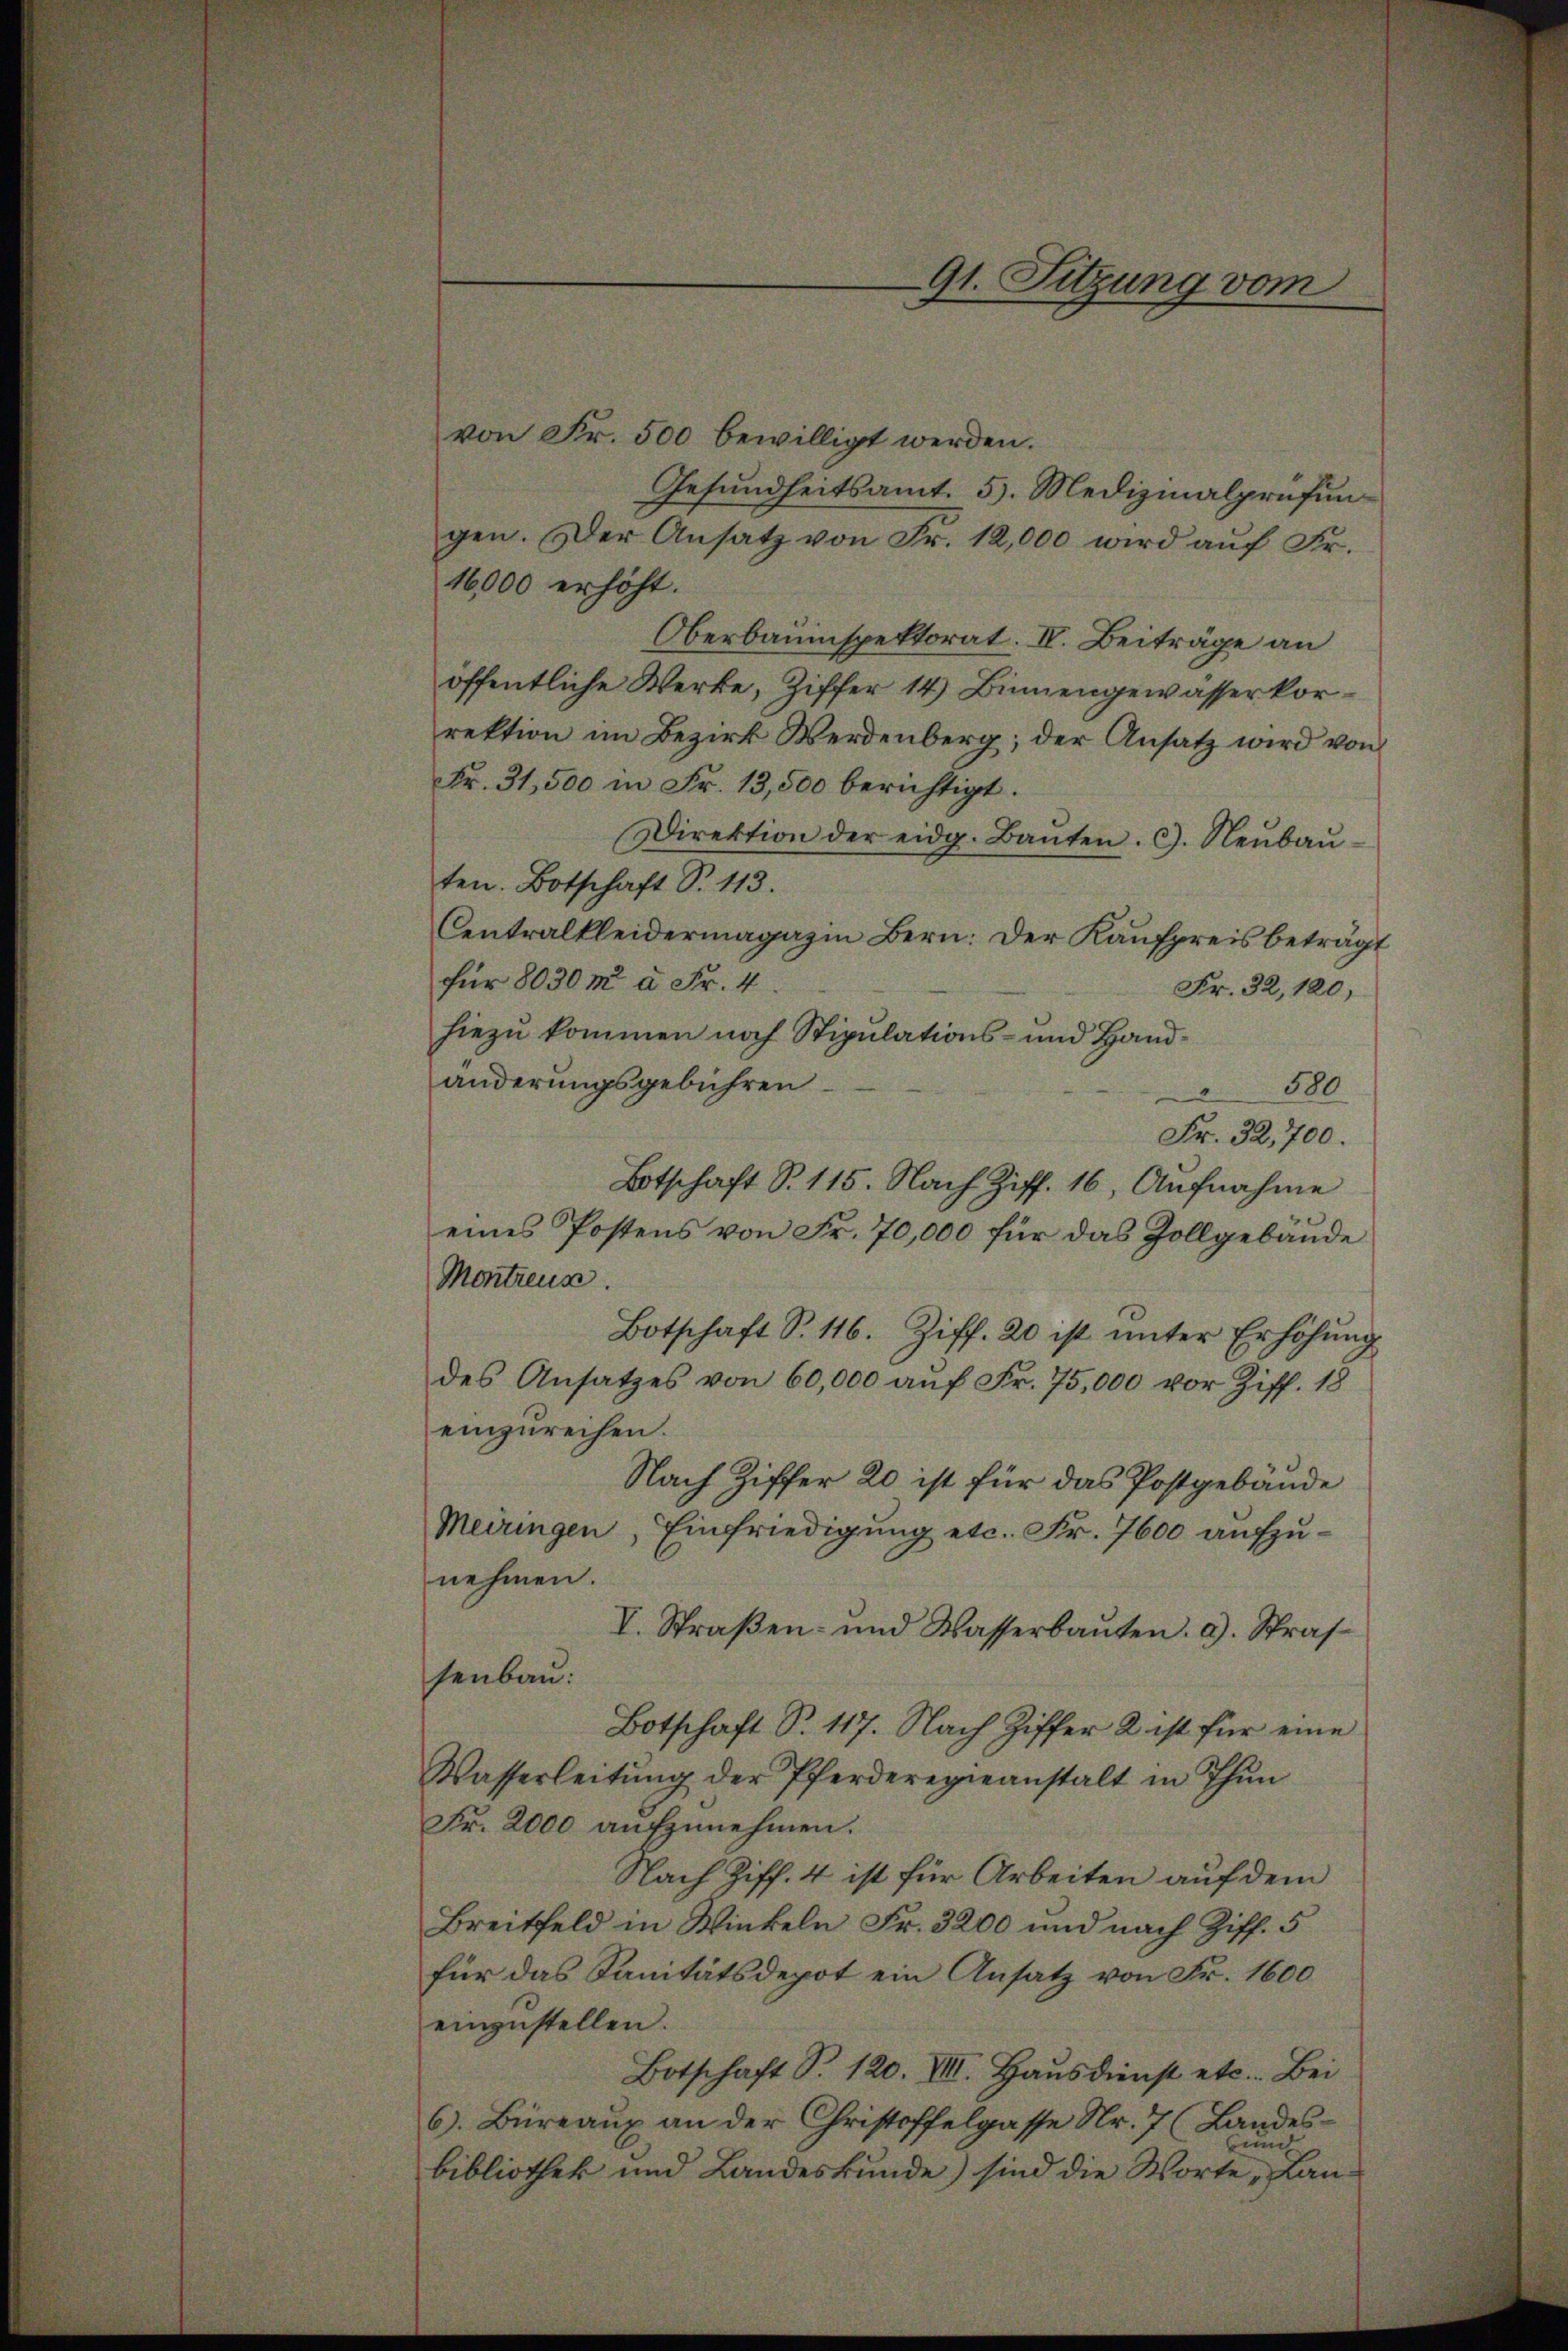
von Fr. 500 bewilligt werden.
Gesundheitsamt. 5. Medizinalprüfun
gen. Der Ansatz von Fr. 12,000 wird auf Fr.
16,000 erhöht.
Oberbauinspektorat. IV. Beiträge an
öffentliche Werke, Ziffer 14) Binnengewasserkorrektion im Bezirk Werdenberg; der Ansatz wird von
Fr. 31,500 in Fr. 13,500 berichtigt.
Direktion der eidg. Baŭten. G. Neŭbaŭ-
ten. Botschaft S. 113.
Centralkleidermagazin Bern: Der Kaufpreis beträgt
für 8030m à Fr. 4.
Fr. 32, 120,
hiezu kommen noch Stipulations- und Handänderungsgebühren
580
Fr. 32,700.
Botschaft S. 115. Nach Ziff. 16, Aufnahme
eines Postens von Fr. 70,000 für das Zollgebäude
Montreux.
Botschaft S. 116. Ziff. 20 ist ŭnter Erhöhŭng
des Ansatzes von 60,000 auf Fr. 75,000 vor Ziff. 18
einzureihen.
Nach Ziffer 20 ist für das Postgebäude
Meiringen
Einfriedigung etc. Fr. 7600 aufzunehmen.
V. Straßen- und Wasserbaŭten. a. Strafsenbau:
Botschaft S. 117. Nach Ziffer 2 ist für eine
Wasserleitŭng der Pferderegieanstalt in Thŭn
Fr. 2000 aufzunehmen.
Nach Ziff. 4 ist für Arbeiten auf dem
Breitfeld in Winkeln Fr. 3200 und nach Ziff. 5
für das Sanitätsdepot ein Ansatz von Fr. 1600
einzustellen.
Botschaft S. 120. VIII. Hausdienst etc. Bei
6). Büreaux an der Christoffelgasse Nr. 7 (Landes¬
und
bibliothek und Landeskunde) sind die Worte „Lan¬

91. Sitzung vom